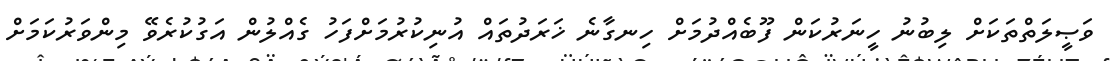
ވަޞީލަތްތަކަށް ލިބުނު ހީނަރުކަން ފޫބެއްދުމަށް ހިނގާނެ ޚަރަދުތައް އުނިކުރުމަށްފަހު ގެއްލުން އަގުކުރެވޭ މިންވަރުކަމަށް